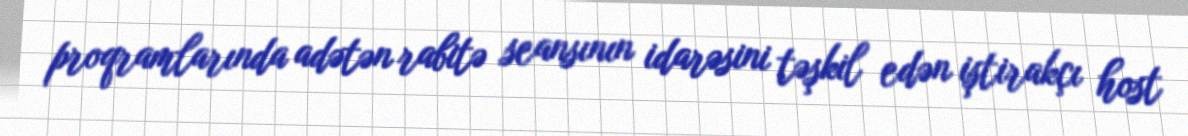
proqramlarında adətən rabitə seansının idarəsini təşkil edən iştirakçı host